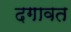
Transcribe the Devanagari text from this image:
दगावत